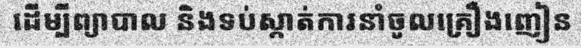
ដើម្បីព្យាបាល និងទប់ស្កាត់ការនាំចូលគ្រឿងញៀន